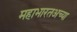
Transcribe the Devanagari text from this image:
महाभारतअच्या